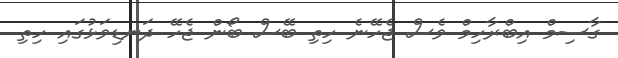
ގާސިމް އިބްރާހިމް ވެސް ޖެހޭނެ ހިތި ބޭސް ބޯން ޖެހޭ ދަނޑިވަޅުގައި ހިތި